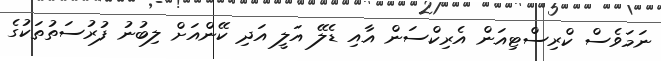
ނަމަވެސް ކްރިސްޓިއަން އެރިކްސަން އާއި ޑެލޭ އަލީ އަދި ކޭންއަށް ލިބުނު ފުރުސަތުތަކުގެ